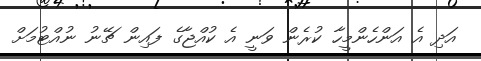
އަދި އެ އަންހެންމީހާ ކުރެން ވަނީ އެ ކުއްޖާގެ ފައިން ޗޭނު ނުއްޓުމަށް